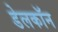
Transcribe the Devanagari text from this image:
डेलकॉन